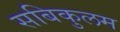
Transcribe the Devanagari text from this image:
सबिकुलम